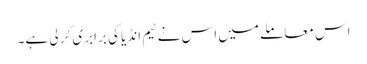
اس معاملے میں اس نے ٹیم انڈیا کی برابری کر لی ہے۔